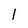
Character: l